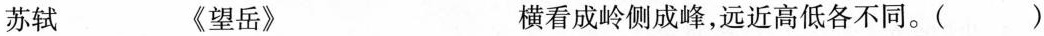
苏轼 《望岳》 横看成岭侧成峰，远近高低各不同。（）